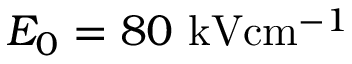
E _ { 0 } = 8 0 \ensuremath { ~ \mathrm { k V } \mathrm { c m } ^ { - 1 } }